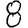
Digit: 8